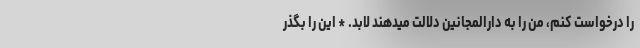
را درخواست کنم، من را به دارالمجانین دلالت میدهند لابد. * این را بگذر